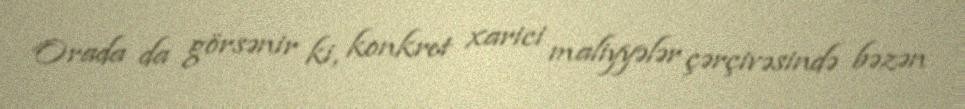
Orada da görsənir ki, konkret xarici maliyyələr çərçivəsində bəzən